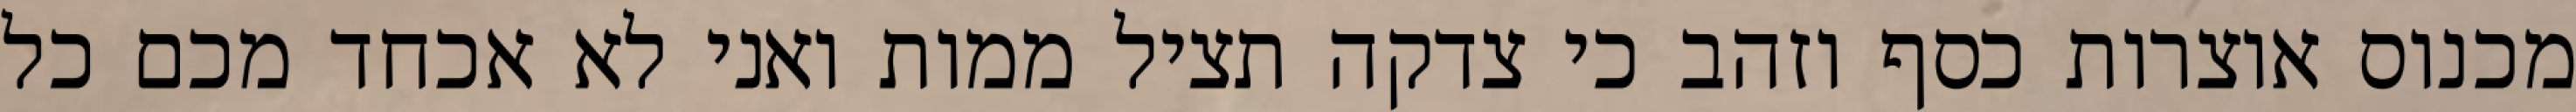
מכנוס אוצרות כסף וזהב כי צדקה תציל ממות ואני לא אכחד מכם כל